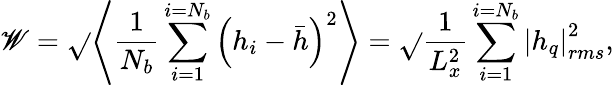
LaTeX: \mathscr{W}=\sqrt{}{{\left\langle\frac{{1}}{{{{N}_{b}}}}\sum_{i=1}^{i={{N}_{b}}}{{{\left({{h}_{i}}-\bar{{h}}\right)}^{2}}}\right\rangle}}=\sqrt{}{{\frac{{1}}{{L_{x}^{2}}}\sum_{i=1}^{i={{N}_{b}}}{{{\left|{{h}_{q}}\right|}_{rms}^{2}}}}},